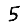
Digit: 5